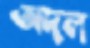
অদল